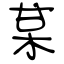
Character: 某